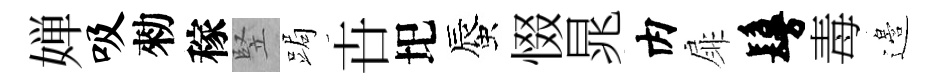
婵吸勑稼竪跼卋圯蜃惙晁内扉鬘毒邉